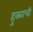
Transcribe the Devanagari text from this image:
हुक्माची